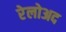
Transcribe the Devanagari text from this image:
रेलोअद